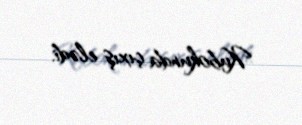
Kubokunda çıxış elədi.